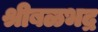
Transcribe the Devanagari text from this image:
श्रीबळभद्र